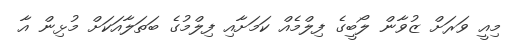
މިއީ ވަރަށް ޒުވާން ލޯބީގެ ފިލްމެއް ކަމަށާއި ފިލްމުގެ ބަތަލާއަކަށް މުޅިން އާ